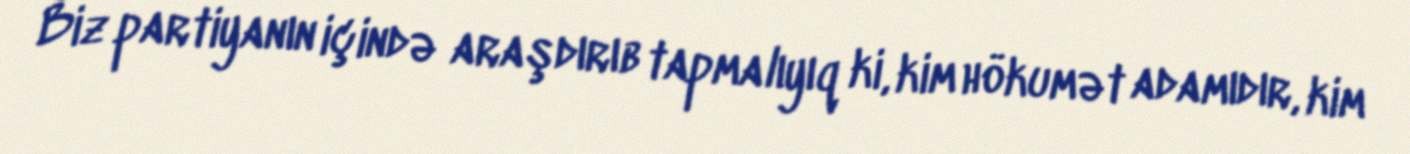
Biz partiyanın içində araşdırıb tapmalıyıq ki, kim hökumət adamıdır, kim